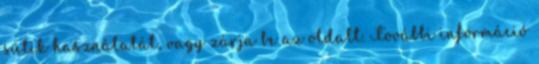
sütik használatát, vagy zárja be az oldalt. További információ